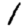
Digit: 1